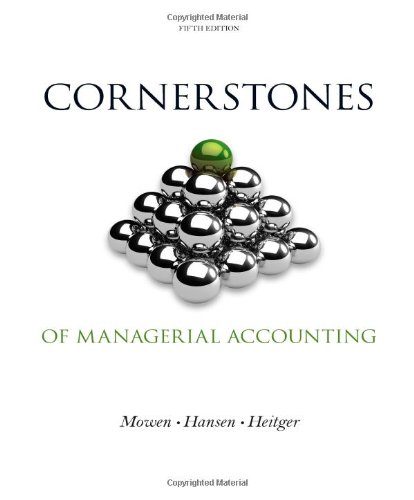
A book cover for Cornerstones of Managerial Accounting (Cornerstones Series); Maryanne M. Mowen; Business & Money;